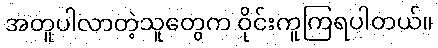
အတူပါလာတဲ့သူတွေက ဝိုင်းကူကြရပါတယ်။